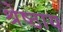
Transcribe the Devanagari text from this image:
श्रेष्ठाय